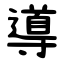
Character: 導